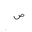
Letter: _sad